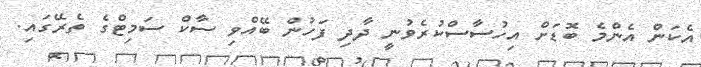
އެކަން އެންމެ ބޮޑަށް އިހުސާސްކުރެވުނީ ދާދި ފަހުން ބޭއްވި ސާކް ސަމިޓްގެ ތެރޭގައި.